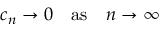
\quad c _ { n } \rightarrow 0 \quad { \mathrm { a s } } \quad n \to \infty